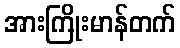
အားကြိုးမာန်တက်